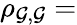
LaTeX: \rho_{\mathcal{G},\mathcal{G}}=